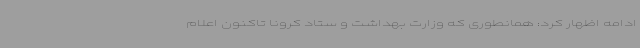
ادامه اظهار کرد: همانطوری که وزارت بهداشت و ستاد کرونا تاکنون اعلام